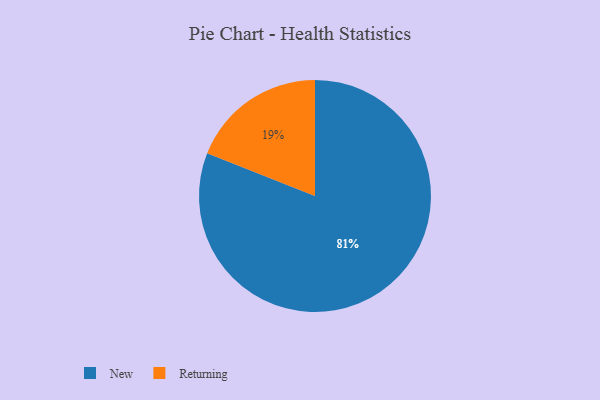
{"axis": {"x": "Category", "y": "Percentage"}, "legend": ["New", "Returning"], "data": [{"x": "New", "y": 81, "type": "New"}, {"x": "Returning", "y": 19, "type": "Returning"}]}